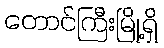
တောင်ကြီးမြို့ရှိ